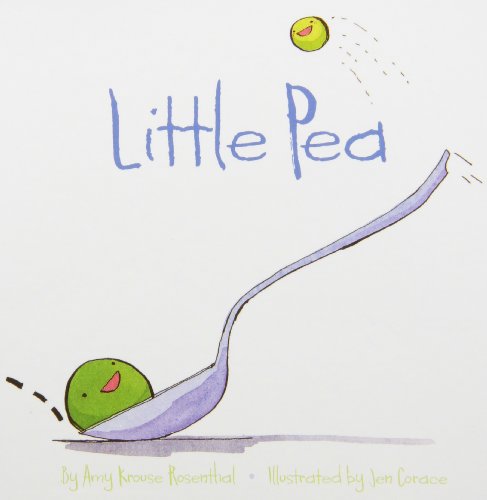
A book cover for A Little Books Boxed Set Featuring Little Pea, Little Hoot, Little Oink; Amy Krouse Rosenthal; Children's Books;